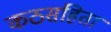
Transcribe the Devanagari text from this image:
कठसंहिता